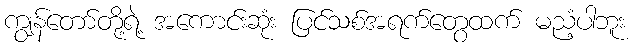
ကျွန်တော်တို့ရဲ့ အကောင်းဆုံး ပြင်သစ်အရက်တွေထက် မညံ့ပါဘူး